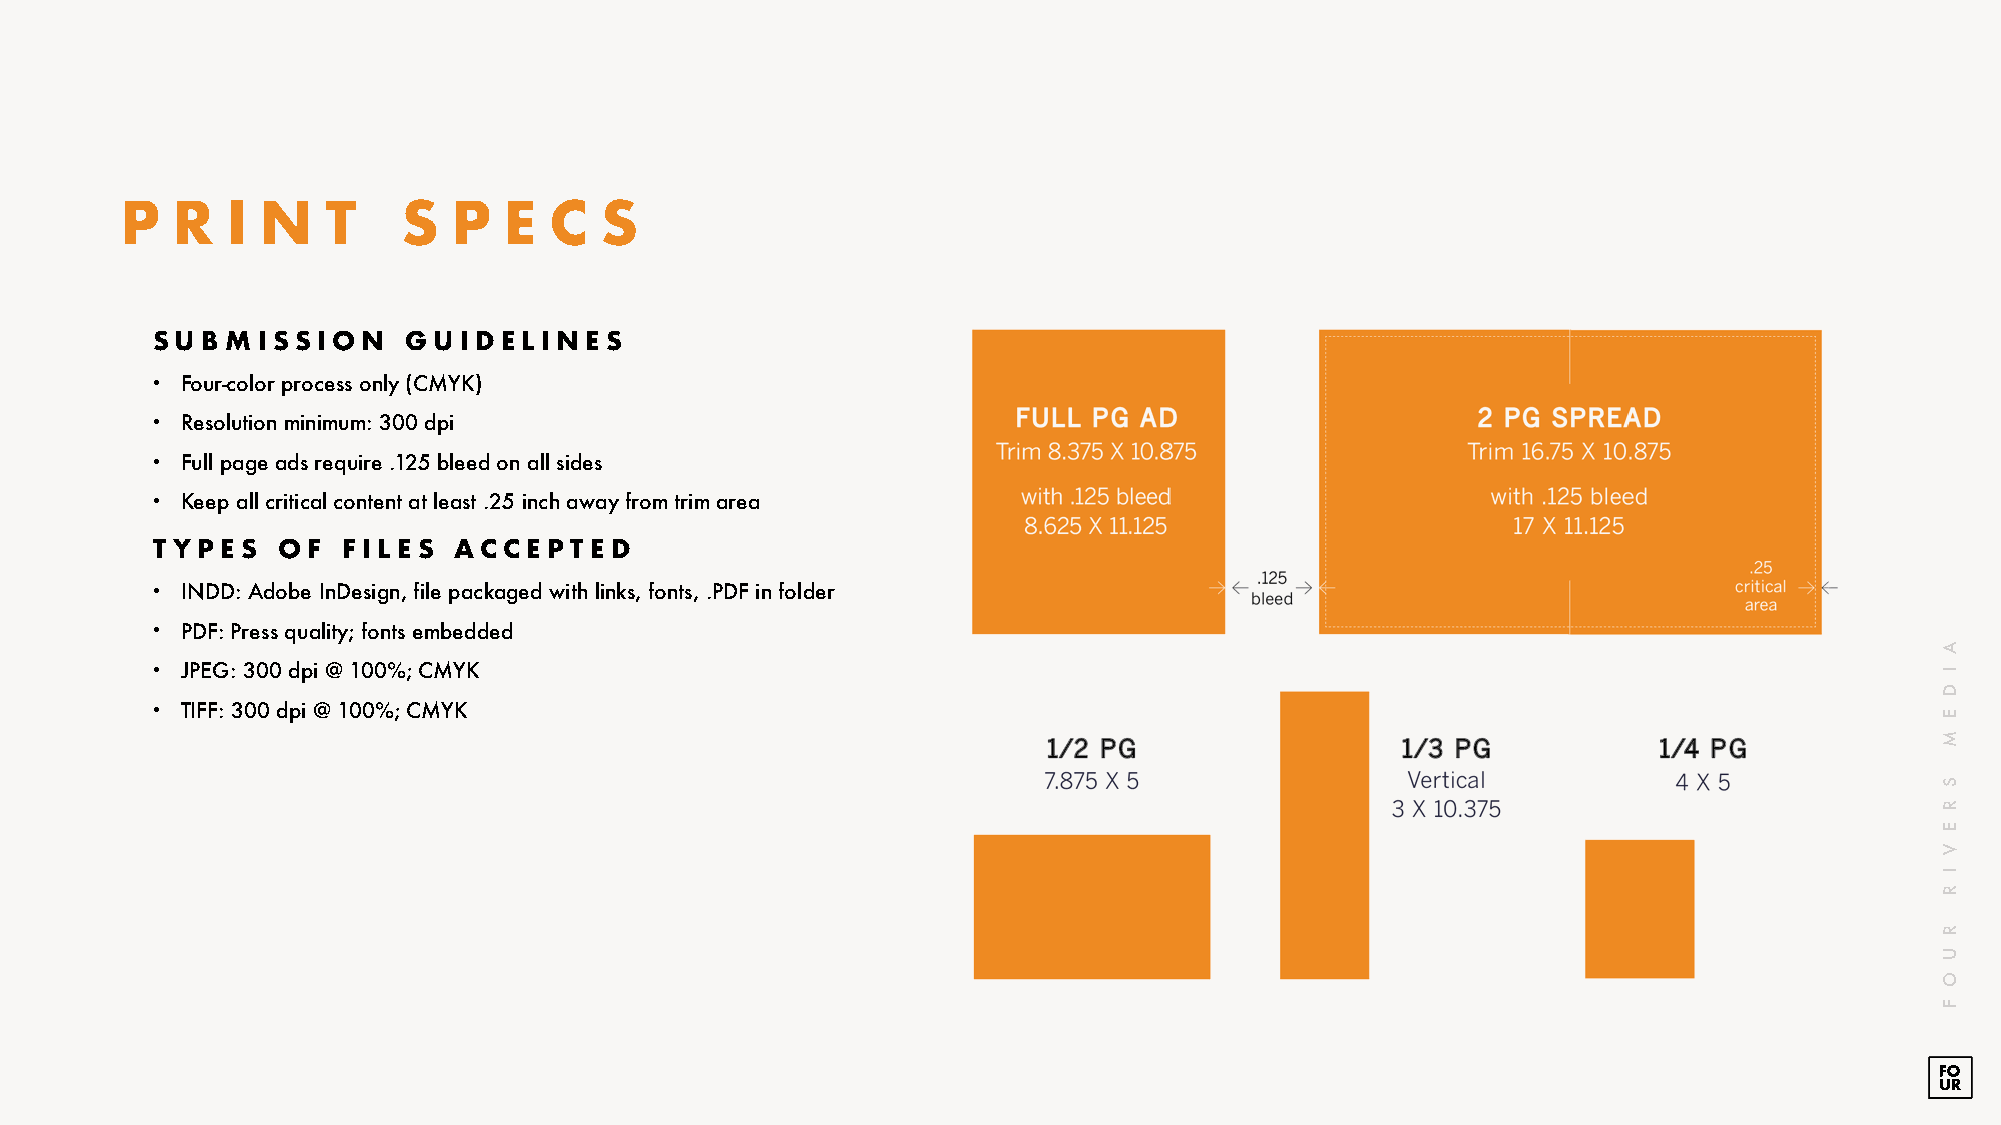
P  R   I N    T    S  P  E  C   S
 SUBMISSIO     N  GUID  ELINE  S
 • Four-color process only (CMYK)
 • Resolution minimum: 300 dpi
 • Full page ads require .125 bleed on all sides
 • Keep all critical content at least .25 inch away from trim area
 T YP ES OF   F ILE S ACC E PTED
 • INDD: Adobe InDesign, file packaged with links, fonts, .PDF in folder
 • PDF: Press quality; fonts embedded
 • JPEG: 300 dpi @ 100%; CMYK
 • TIFF: 300 dpi @ 100%; CMYK
 A
 I
 D
 E
 M
 S
 R
 E
 V
 I
 R
 R
 U
 O
 F